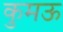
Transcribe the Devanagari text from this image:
कुमऊ